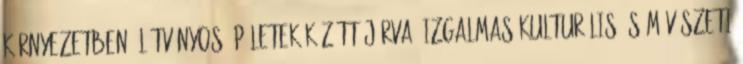
környezetben, látványos épületek között járva, izgalmas kulturális és művészeti